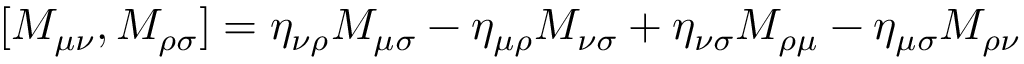
[ M _ { \mu \nu } , M _ { \rho \sigma } ] = \eta _ { \nu \rho } M _ { \mu \sigma } - \eta _ { \mu \rho } M _ { \nu \sigma } + \eta _ { \nu \sigma } M _ { \rho \mu } - \eta _ { \mu \sigma } M _ { \rho \nu }